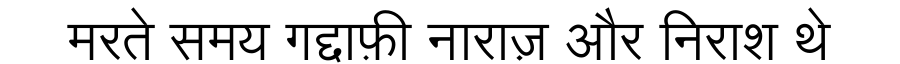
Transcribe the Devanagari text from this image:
मरते समय गद्दाफ़ी नाराज़ और निराश थे